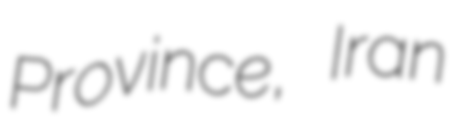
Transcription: Province, Iran